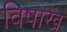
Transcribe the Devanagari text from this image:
विषाख